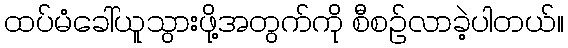
ထပ်မံခေါ်ယူသွားဖို့အတွက်ကို စီစဉ်လာခဲ့ပါတယ်။